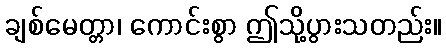
ချစ်မေတ္တာ၊ ကောင်းစွာ ဤသို့ပွားသတည်း။